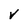
Character: v